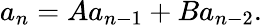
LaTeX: a_{n}=Aa_{n-1}+Ba_{n-2}.